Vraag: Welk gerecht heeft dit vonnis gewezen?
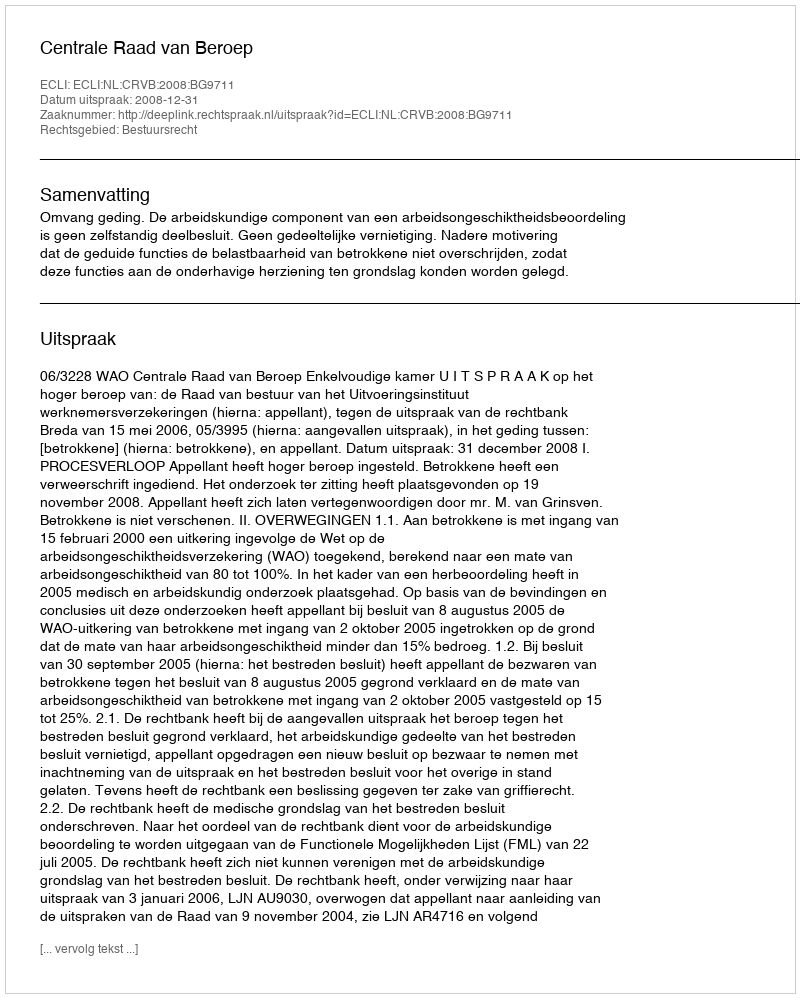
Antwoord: Centrale Raad van Beroep